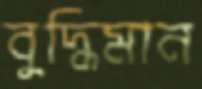
বুদ্ধিমান